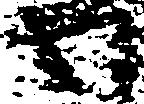
わ